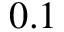
0 . 1